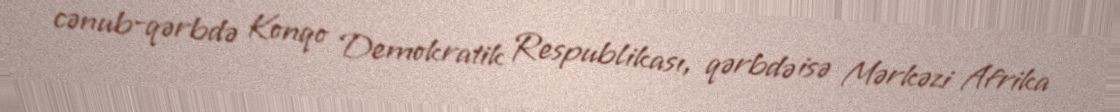
cənub-qərbdə Konqo Demokratik Respublikası, qərbdə isə Mərkəzi Afrika